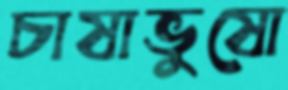
চাষাভুষো